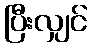
ပြီးလျှင်